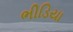
ભીડિયા